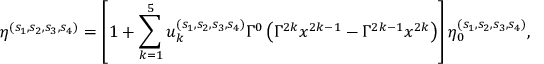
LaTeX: \eta ^ { ( s _ { 1 } , s _ { 2 } , s _ { 3 } , s _ { 4 } ) } = \left[ 1 + \sum _ { k = 1 } ^ { 5 } u _ { k } ^ { ( s _ { 1 } , s _ { 2 } , s _ { 3 } , s _ { 4 } ) } \Gamma ^ { 0 } \left( \Gamma ^ { 2 k } x ^ { 2 k - 1 } - \Gamma ^ { 2 k - 1 } x ^ { 2 k } \right) \right] \eta _ { 0 } ^ { ( s _ { 1 } , s _ { 2 } , s _ { 3 } , s _ { 4 } ) } ,